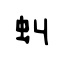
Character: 虯